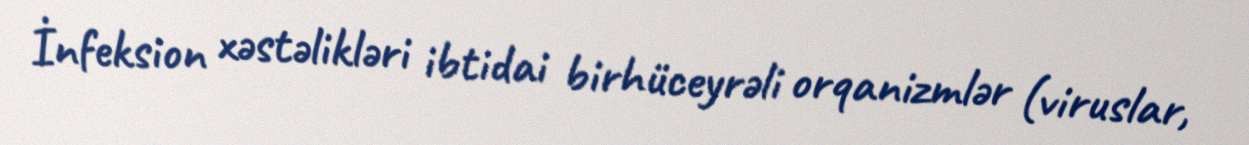
İnfeksion xəstəlikləri ibtidai birhüceyrəli orqanizmlər (viruslar,